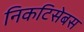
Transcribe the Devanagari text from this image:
निकटिसेबस